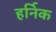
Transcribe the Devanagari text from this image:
हर्निक